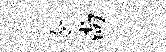
令尚